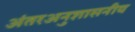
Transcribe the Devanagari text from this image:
अंतरअनुशासनीय